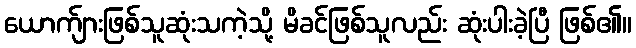
ယောက်ျားဖြစ်သူဆုံးသကဲ့သို့ မိခင်ဖြစ်သူလည်း ဆုံးပါးခဲ့ပြီ ဖြစ်၏။